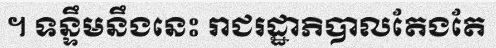
។ ទន្ទឹមនឹងនេះ រាជរដ្ឋាភិបាលតែងតែ